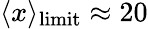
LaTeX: \langle x\rangle_{{\mathrm{limit}}}\approx 20